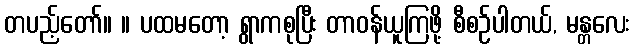
တပည့်တော်။ ။ ပထမတော့ ရွာကစုပြီး တာဝန်ယူကြဖို့ စီစဉ်ပါတယ်, မန္တလေး